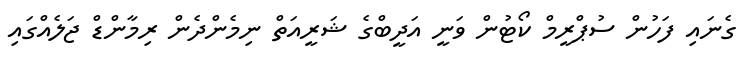
ގެނައި ފަހުން ސުޕްރީމް ކޯޓުން ވަނީ އަދީބްގެ ޝަރީއަތް ނިމެންދެން ރިމާންޑް ޖަލެއްގައި